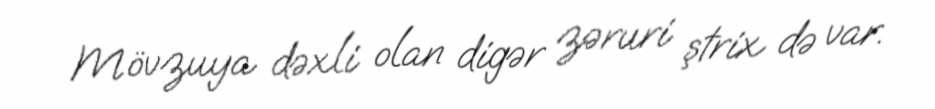
Mövzuya dəxli olan digər zəruri ştrix də var.